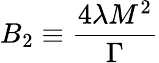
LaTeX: B_{2}\equiv\frac{4\lambda M^{2}}{\Gamma}